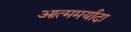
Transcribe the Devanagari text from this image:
आत्ममर्यादा